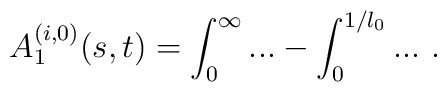
A^{(i,0)}_1 (s,t)=\int_0^\infty...-\int_{0}^{1/l_0}... \ .